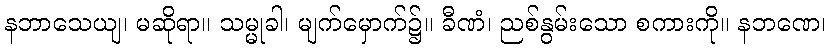
နဘာသေယျ၊ မဆိုရာ။ သမ္မုခါ၊ မျက်မှောက်၌။ ခီဏံ၊ ညစ်နွမ်းသော စကားကို။ နဘဏေ၊